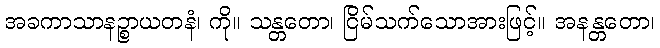
အခကာသာနဉ္စာယတနံ၊ ကို။ သန္တတော၊ ငြိမ်သက်သောအားဖြင့်။ အနန္တတော၊